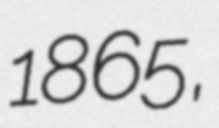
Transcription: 1865,